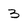
Character: 3